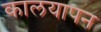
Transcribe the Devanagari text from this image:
कालयापन